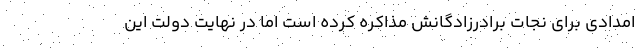
امدادی برای نجات برادرزادگانش مذاکره کرده است اما در نهایت دولت این